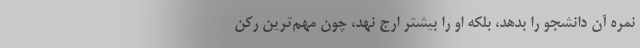
نمره آن دانشجو را بدهد، بلکه او را بیشتر ارج نهد، چون مهم‌ترین رکن